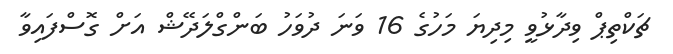
ޗަކްތިޕް ވިދާޅުވީ މިދިޔަ މަހުގެ 16 ވަނަ ދުވަހު ބަންގްލަދޭޝް އަށް ގޮސްފައިވާ